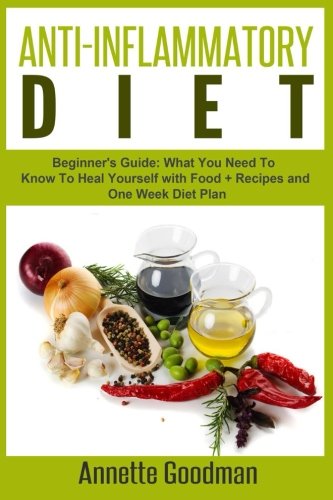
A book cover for Anti-Inflammatory Diet: Beginner's Guide: What You Need To Know To Heal Yourself with Food + Recipes + One Week Diet Plan (Weight Loss Plan Series) (Volume 6); Annette Goodman; Health, Fitness & Dieting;